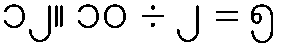
၁၂။ ၁၀ ÷ ၂ = ၅